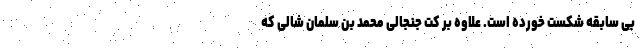
بی سابقه شکست خورده است. علاوه بر کت جنجالی محمد بن سلمان شالی که